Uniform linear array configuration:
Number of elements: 24
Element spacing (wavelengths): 0.25
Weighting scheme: cosine
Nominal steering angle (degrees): -30
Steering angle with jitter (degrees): -29.588
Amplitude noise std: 0.05
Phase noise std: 0.05

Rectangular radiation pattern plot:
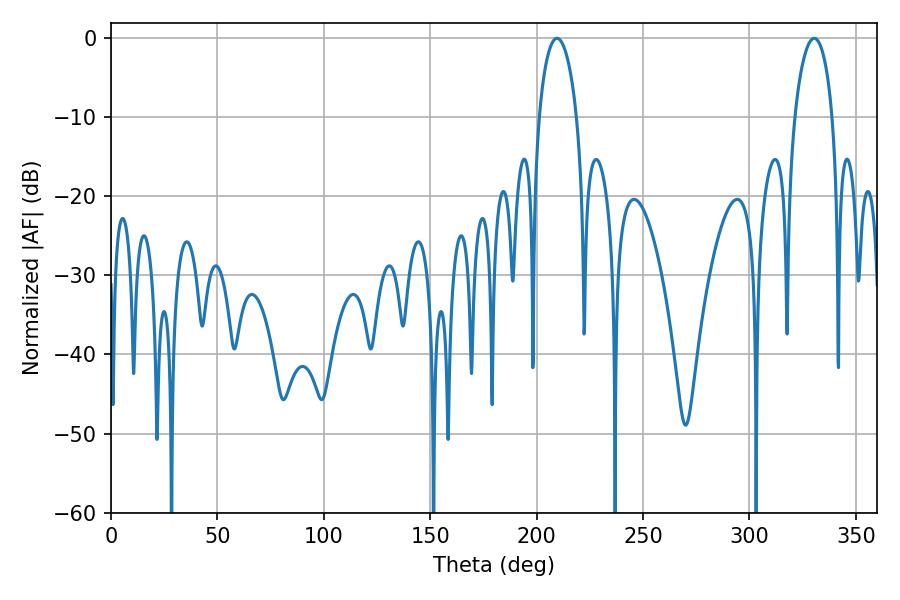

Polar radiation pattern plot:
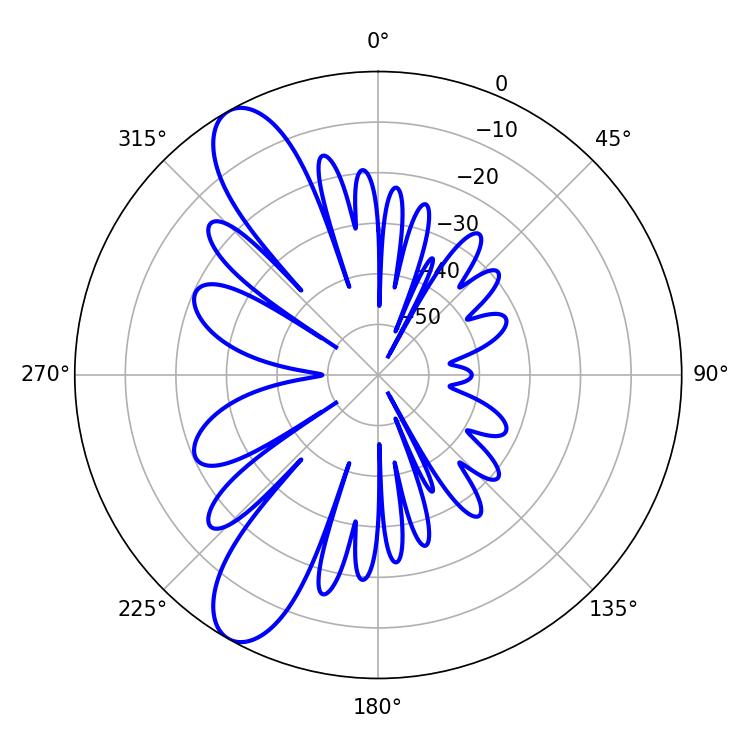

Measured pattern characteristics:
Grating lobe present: FALSE
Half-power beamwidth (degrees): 10.08
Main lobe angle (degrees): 209.52